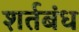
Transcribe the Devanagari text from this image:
शर्तबंध